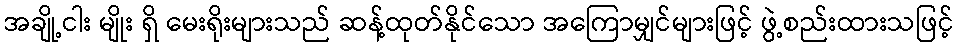
အချို့ငါး မျိုး ရှိ မေးရိုးများသည် ဆန့်ထုတ်နိုင်သော အကြောမျှင်များဖြင့် ဖွဲ့စည်းထားသဖြင့်